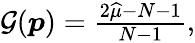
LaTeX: \begin{array}{r}{\mathcal{G}(\boldsymbol{p})=\frac{2\widehat{\mu}-N-1}{N-1},}\end{array}